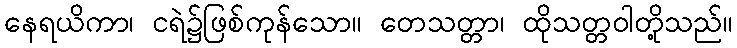
နေရယိကာ၊ ငရဲ၌ဖြစ်ကုန်သော။ တေသတ္တာ၊ ထိုသတ္တဝါတို့သည်။